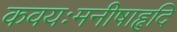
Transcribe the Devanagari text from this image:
कवयःमनीषाहृदि